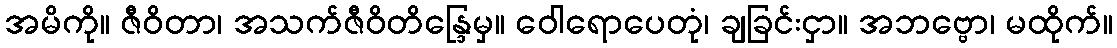
အမိကို။ ဇီဝိတာ၊ အသက်ဇီဝိတိန္ဒြေမှ။ ဝေါရောပေတုံ၊ ချခြင်းငှာ။ အဘဗ္ဗော၊ မထိုက်။